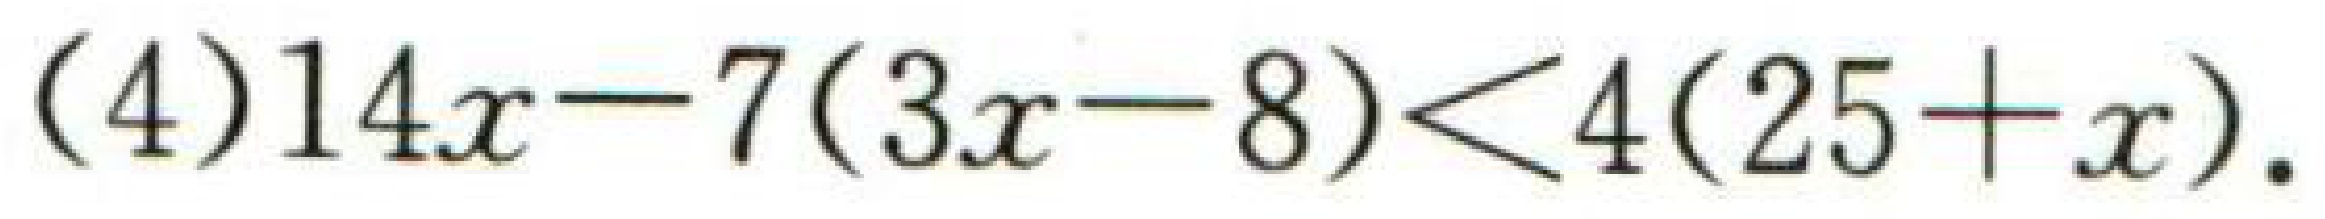
(4)\(14x - 7(3x - 8) < 4(25 + x)\)